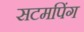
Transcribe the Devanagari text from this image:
सटमपिंग